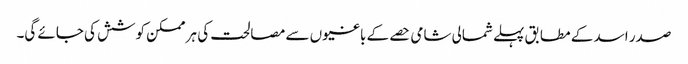
صدر اسد کے مطابق پہلے شمالی شامی حصے کے باغیوں سے مصالحت کی ہر ممکن کوشش کی جائے گی۔